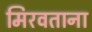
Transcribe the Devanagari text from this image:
मिरवताना